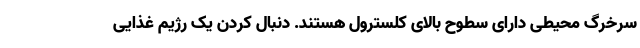
سرخرگ محیطی دارای سطوح بالای کلسترول هستند. دنبال کردن یک رژیم غذایی